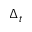
\Delta _ { t }